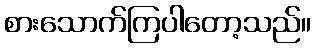
စားသောက်ကြပါတော့သည်။